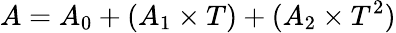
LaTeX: A=A_{0}+(A_{1}\times T)+(A_{2}\times T^{2})